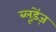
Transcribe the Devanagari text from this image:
ब्लूड़ेंज़